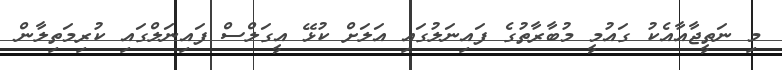
މި ނަތީޖާއާއެކު ގައުމީ މުބާރާތުގެ ފައިނަލުގައި އަލަށް ކުޅޭ އީގަލްސް ފައިނަލްގައި ކުރިމަތިލާން